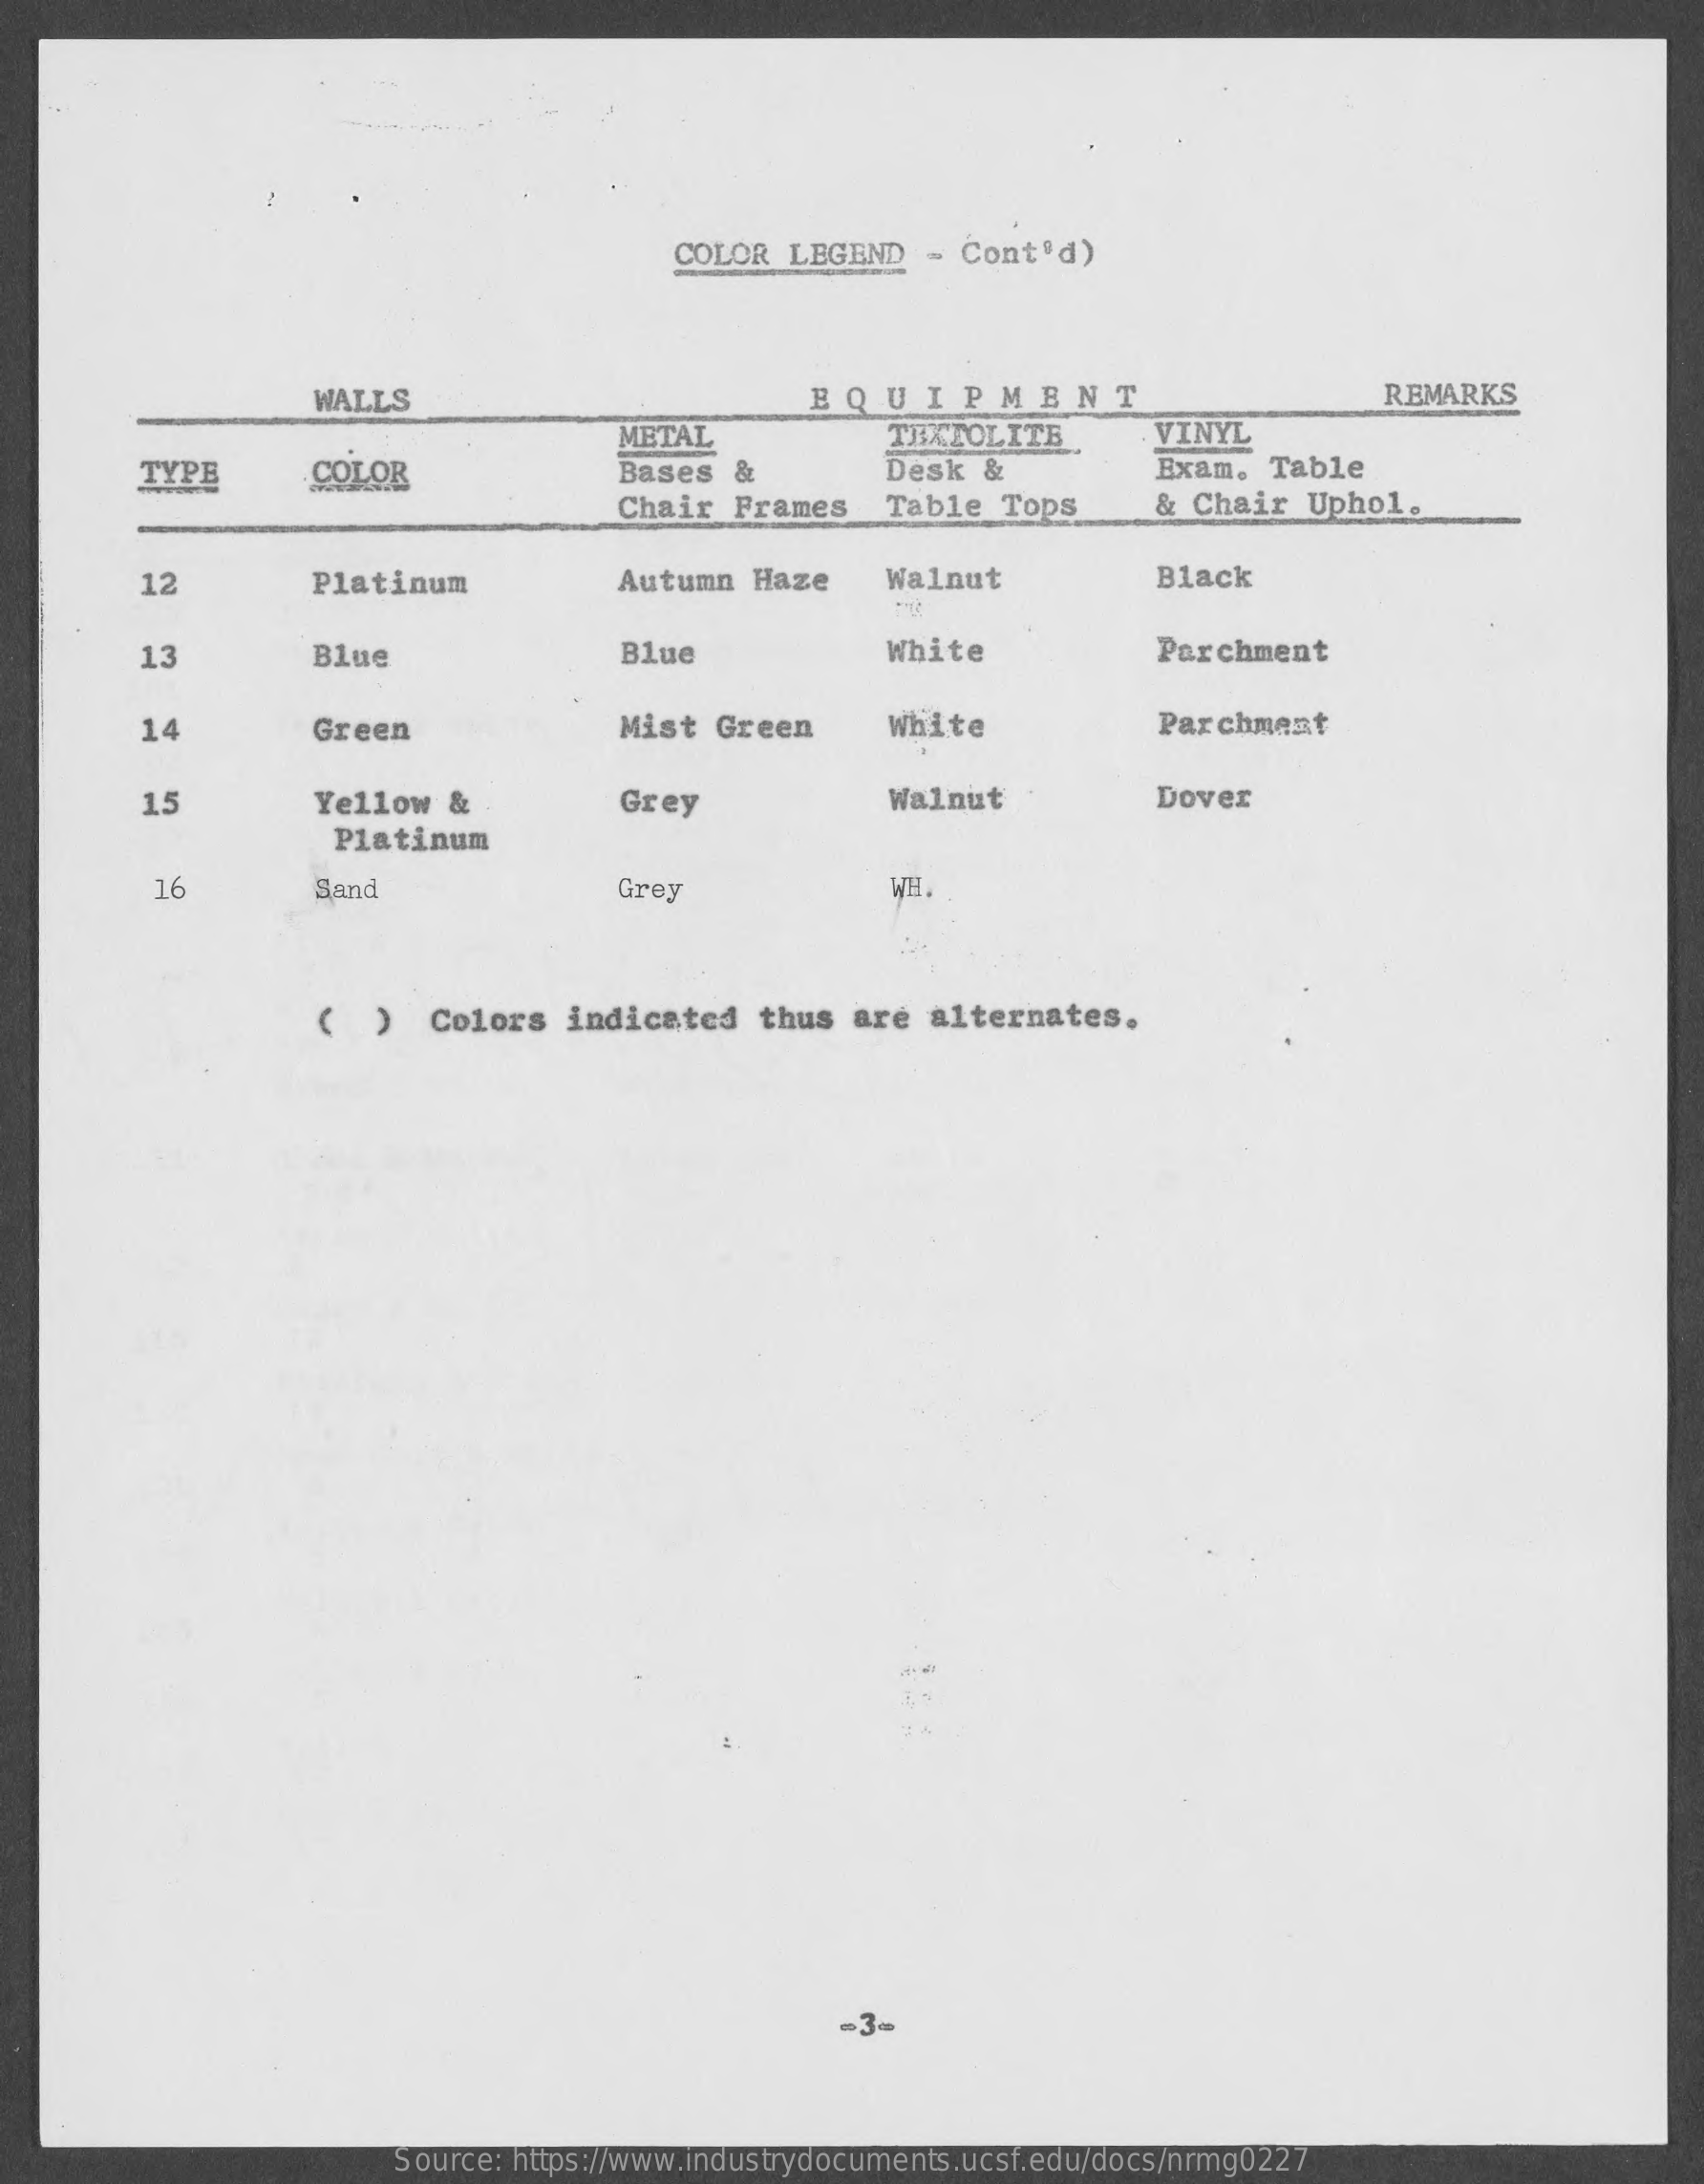
COLOR  LEGEND   - Cont'd)
     WALLS    EQUIPMENT    REMARKS
     METAL    TEXTOLITE    VINYL
     TYPE    COLOR    Bases  &    Desk   &    Exam.  Table
     Chair  Frames    Table   Tops    & Chair  Uphol.
     12    Platinum    Autumn   Haze    Walnut    Black
     13    Blue    Blue    White    Parchment
     14    Green    Mist  Green    White    Parchment
     15    Yellow  &    Grey    Walnut    Dover
     Platinum
     16    Sand    Grey    WH.
     (  )  Colors   indicated    thus  are  alternates.
     Source: https://www.industrydocuments.ucsf.edu/docs/nrmg0227